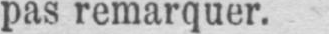
pas remarquer.